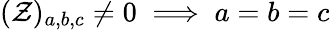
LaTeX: (\mathcal{Z})_{a,b,c}\ne 0\implies a=b=c